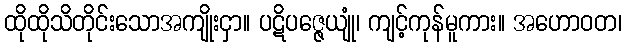
ထိုထိုသိတိုင်းသောအကျိုးငှာ။ ပဋိပဇ္ဇေယျုံ၊ ကျင့်ကုန်မူကား။ အဟောဝတ၊